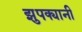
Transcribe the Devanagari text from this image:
झुपक्यानी